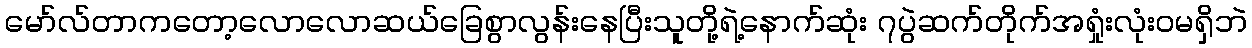
မော်လ်တာကတော့လောလောဆယ်ခြေစွာလွန်းနေပြီးသူတို့ရဲ့နောက်ဆုံး ၇ပွဲဆက်တိုက်အရှုံးလုံးဝမရှိဘဲ